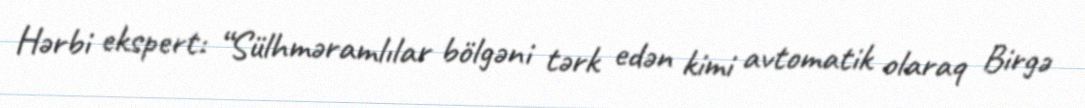
Hərbi ekspert: “Sülhməramlılar bölgəni tərk edən kimi avtomatik olaraq Birgə